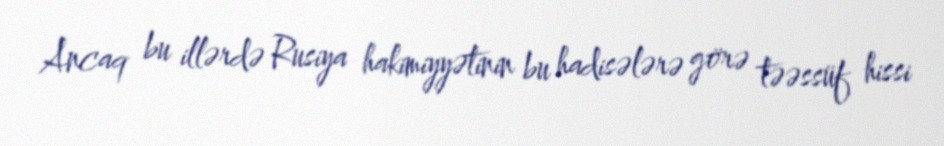
Ancaq bu illərdə Rusiya hakimiyyətinin bu hadisələrə görə təəssüf hissi